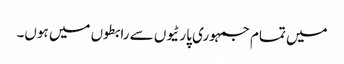
میں تمام جمہوری پارٹیوں سے رابطوں میں ہوں۔